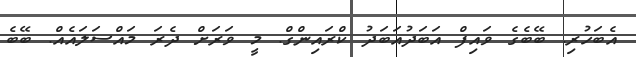
އެބަހުރި. ބޭބެގެ ވައިފް އަބަދުއަބަދު ކްރައިންގް. މީ ވަރަށް ދެރަ މައްސަލައެއް. ބޭބެ